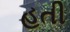
હતી